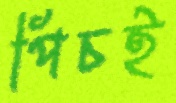
পিচই